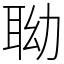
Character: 聈